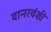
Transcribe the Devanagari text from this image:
वानरवंशी